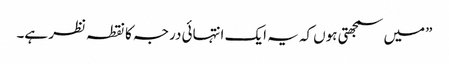
”میں سمجھتی ہوں کہ یہ ایک انتہائی درجہ کا نقطہ نظر ہے۔